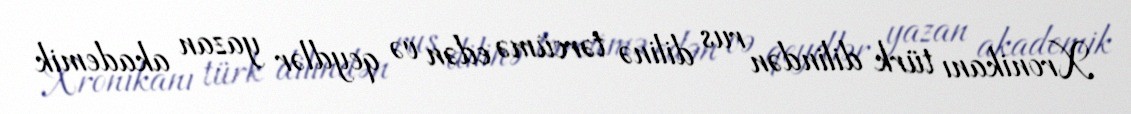
Xronikanı türk dilindən rus dilinə tərcümə edən və qeydlər yazan akademik